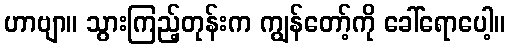
ဟာဗျာ။ သွားကြည့်တုန်းက ကျွန်တော့်ကို ခေါ်ရောပေါ့။